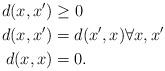
LaTeX: \begin{align*}d(x,x') & \geq 0\\d(x,x')&=d(x',x) \forall x,x'\\d(x,x) & = 0.\end{align*}